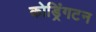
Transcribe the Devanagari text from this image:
कोड्रिंगटन